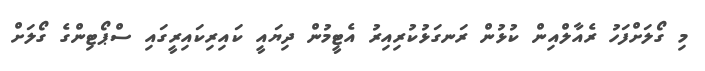
މި ގޯލަށްފަހު ރެއާލްއިން ކުޅުން ރަނގަޅުކުރިއިރު އެޓީމުން ދިޔައީ ކައިރިކައިރީގައި ސްޕޯޓިންގެ ގޯލަށް